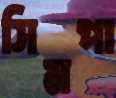
সিমপা